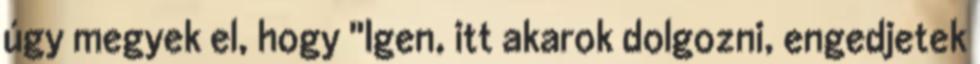
úgy megyek el, hogy "Igen, itt akarok dolgozni, engedjetek